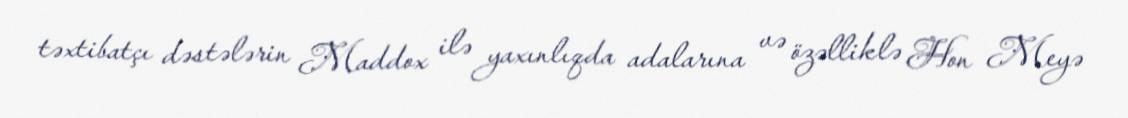
təxtibatçı dəstələrin Maddox ilə yaxınlıqda adalarına və özəlliklə Hon Meyə